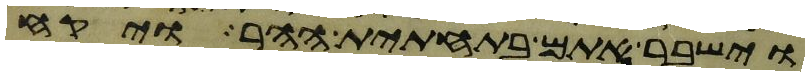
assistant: וישבר אתם בתחתית ההר ויקח